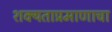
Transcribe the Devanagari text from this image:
शक्यताप्रमाणाचा